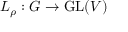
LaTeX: L _ { \rho } : G \to { \mathrm { G L } } ( V )